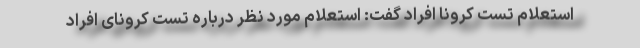
استعلام تست کرونا افراد گفت: استعلام مورد نظر درباره تست کرونای افراد